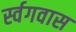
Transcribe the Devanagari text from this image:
र्स्वगवास